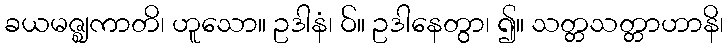
ခယမဇ္ဈကာတိ၊ ဟူသော။ ဥဒါနံ၊ ဝ်။ ဥဒါနေတွာ၊ ၍။ သတ္တသတ္တာဟာနိ၊